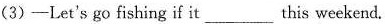
(3)-Let's go fishing if it___this weekend.